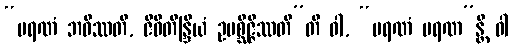
“မရဏံ ဘဝိဿတိ, ဇီဝိတိန္ဒြိယံ ဥပစ္ဆိဇ္ဇိဿတီ”တိ ဝါ, “မရဏံ မရဏ”န္တိ ဝါ